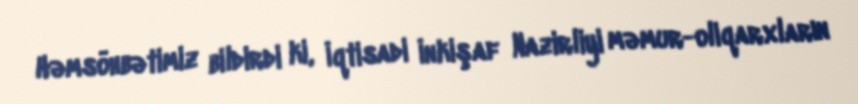
Həmsöhbətimiz bildirdi ki, İqtisadi İnkişaf Nazirliyi məmur-oliqarxların